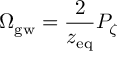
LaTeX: \Omega _ { \mathrm { g w } } = { \frac { 2 } { z _ { \mathrm { e q } } } } { \cal P } _ { \zeta }